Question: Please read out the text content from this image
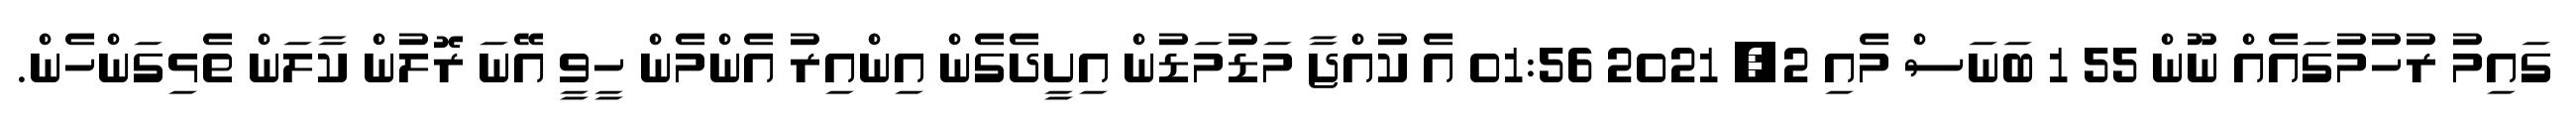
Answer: ގައިމު ރުހުމުގައެއް ނޫން 55 1 ބަނަސް މެއި 2, 2021 01:56 އެ ކުއްޖާ މަޑުމަޑުން އިށީދެގެން އިންއިރު އެންމެން ހީވީ އޭނަ ރޮލުން ކާލަން ތެޅިގަންހެން.